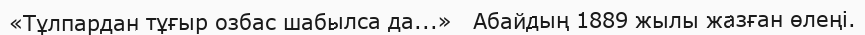
«Тұлпардан тұғыр озбас шабылса да...»   Абайдың 1889 жылы жазған өлеңі.